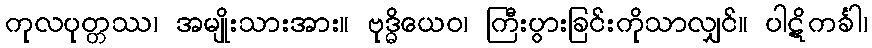
ကုလပုတ္တဿ၊ အမျိုးသားအား။ ဗုဒ္ဓိယေဝ၊ ကြီးပွားခြင်းကိုသာလျှင်။ ပါဋိကင်္ခါ၊